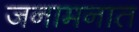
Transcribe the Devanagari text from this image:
जनामनात